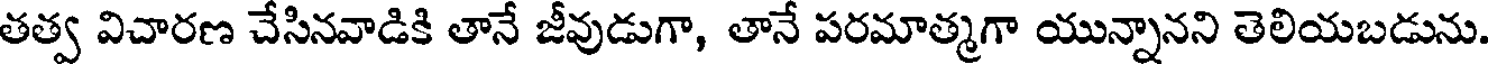
తత్వ విచారణ చేసినవాడికి తానే జీవుడుగా, తానే పరమాత్మగా యున్నానని తెలియబడును